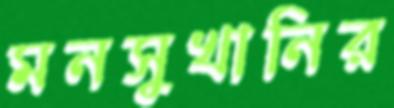
মনসুখানির